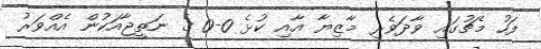
ފަހު މެޗުގައި ވާދަވެރި މާޒިޔާ އާއި ކުޅެ 0-0 ގެ ނަތީޖާއަކުން އެއްވަރު